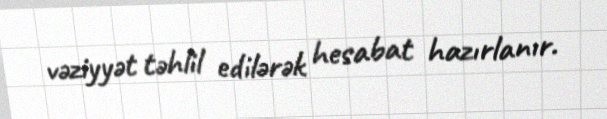
vəziyyət təhlil edilərək hesabat hazırlanır.